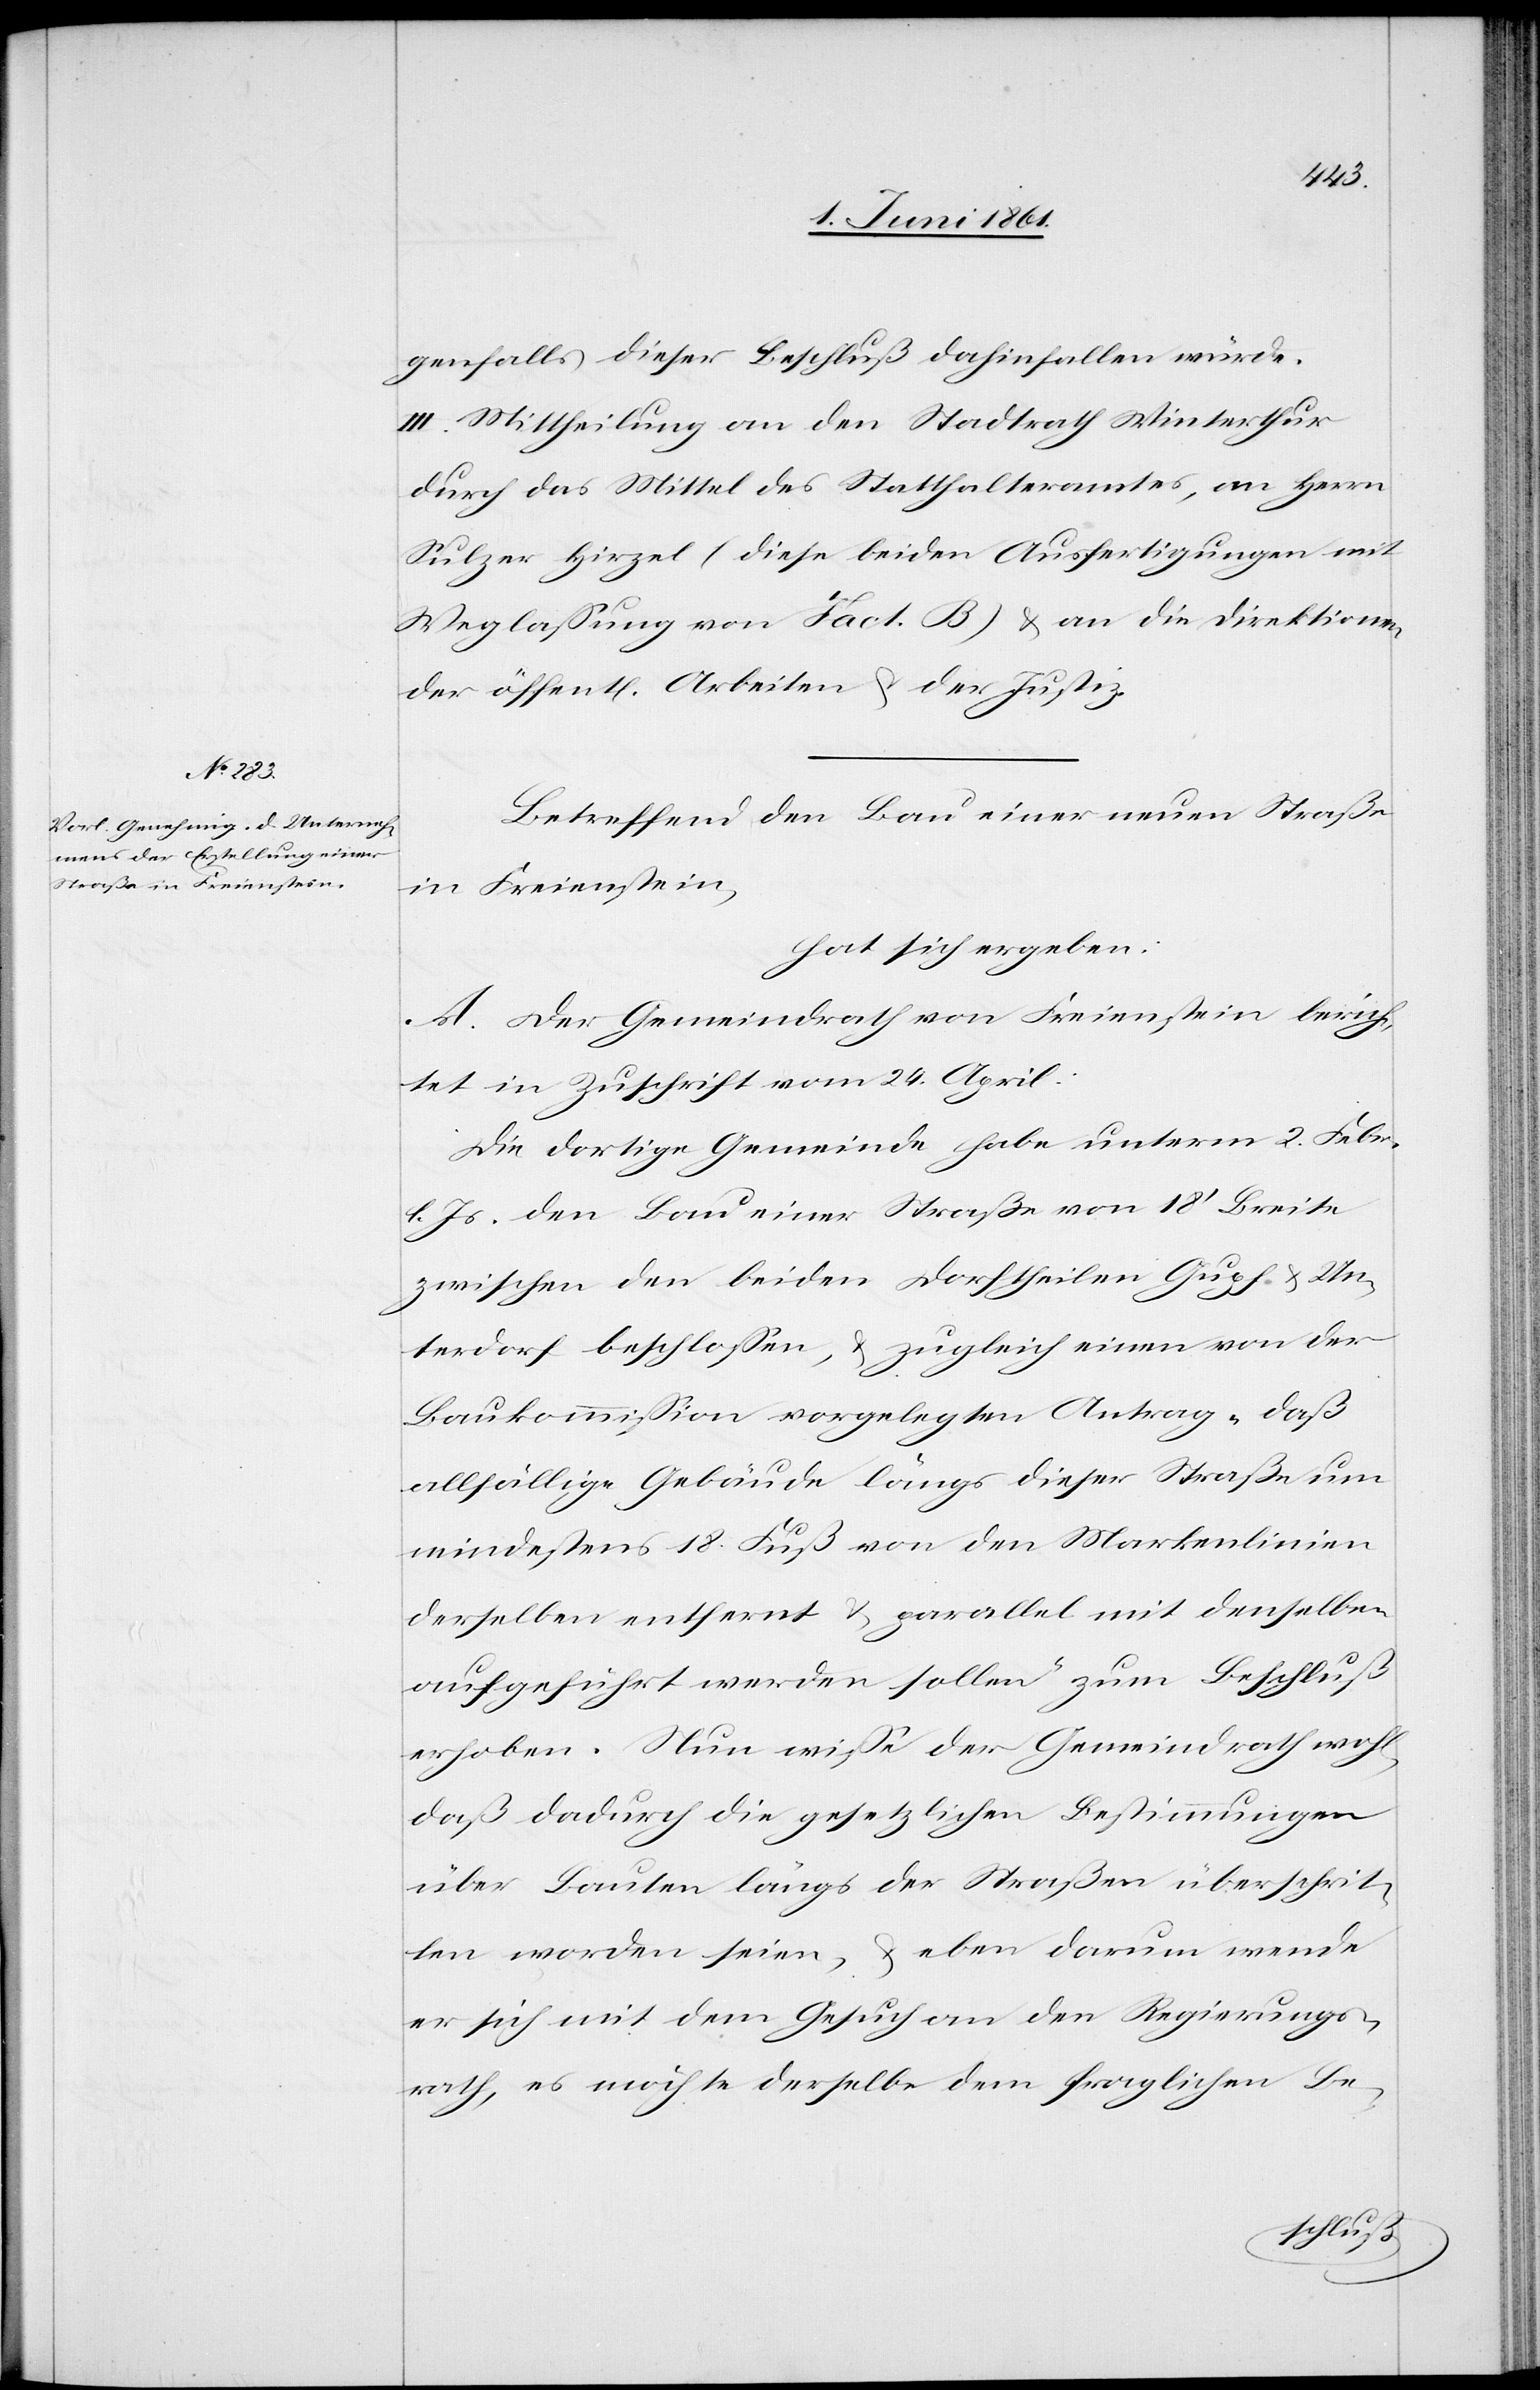
genfalls dieser Beschluß dahinfallen würde.
III. Mittheilung an den Stadtrath Winterthur
durch das Mittel des Statthalteramtes, an Herrn
Sulzer Hirzel (diese beiden Ausfertigungen mit
Weglassung von Fact. B) u. an die Direktionen
der öffentl. Arbeiten u. der Justiz.
Betreffend den Bau einer neuen Straße
in Freienstein,
hat sich ergeben:
A. Der Gemeindrath von Freienstein berich¬
te in Zuschrift vom 24. April:
Die dortige Gemeinde habe unterm 2. Febr.
l. Js. den Bau einer Straße von 18’ Breite
zwischen den beiden Dorftheilen Gupf- u. Un¬
terdorf beschlossen, u. zugleich einen von der
Baukommission vorgelegten Antrag „daß
allfällige Gebäude längs dieser Straße um
mindestens 18 Fuß von den Markenlinien
derselben entfernt u. parallel mit denselben
aufgeführt werden sollen“ zum Beschluß
erhoben. Nun wisse der Gemeindrath wohl,
daß dadurch die gesetzlichen Bestimmungen
über Bauten längs der Straßen überschrit¬
ten worden seien, u. eben darum wende
er sich mit dem Gesuch an den Regierungs¬
rath, es möchte derselbe dem fraglichen Be-